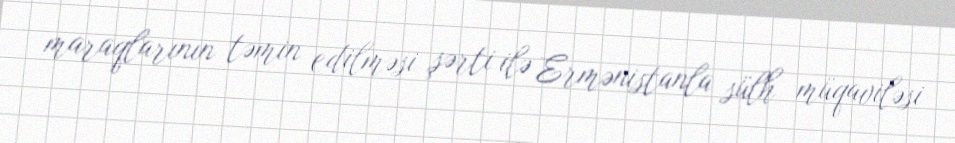
maraqlarının təmin edilməsi şərti ilə Ermənistanla sülh müqaviləsi